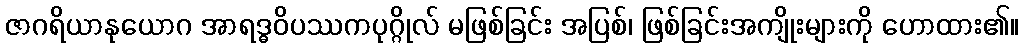
ဇာဂရိယာနုယောဂ အာရဒ္ဓဝိပဿကပုဂ္ဂိုလ် မဖြစ်ခြင်း အပြစ်၊ ဖြစ်ခြင်းအကျိုးများကို ဟောထား၏။